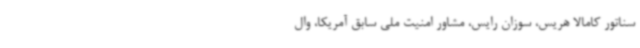
سناتور کامالا هریس، سوزان رایس، مشاور امنیت ملی سابق آمریکا، وال